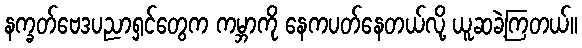
နက္ခတ်ဗေဒပညာရှင်တွေက ကမ္ဘာကို နေကပတ်နေတယ်လို့ ယူဆခဲ့ကြတယ်။